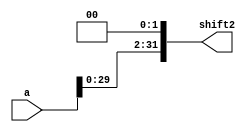
`timescale 1ns / 1ps
//////////////////////////////////////////////////////////////////////////////////
// Company: 
// Engineer: 
// 
// Design Name: 
// Module Name:    shift2 
// Project Name: 
// Target Devices: 
// Tool versions: 
// Description: 
//
// Dependencies: 
//
// Revision: 
// Revision 0.01 - File Created
// Additional Comments: 
//
//////////////////////////////////////////////////////////////////////////////////
module shift2(
	input [31:0] a,
	output [31:0] shift2
    );
	assign shift2 = a<<2;

endmodule